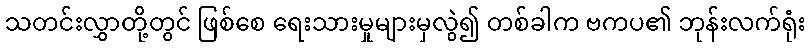
သတင်းလွှာတို့တွင် ဖြစ်စေ ရေးသားမှုများမှလွဲ၍ တစ်ခါက ဗကပ၏ ဘုန်းလက်ရုံး